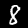
Label: 8